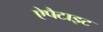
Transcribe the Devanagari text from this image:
ऐपैटाइट